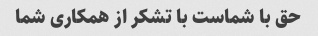
حق با شماست با تشکر از همکاری شما